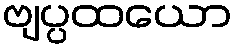
ဗျပ္ပထယော